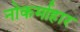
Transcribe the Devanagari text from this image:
नोकर्माहार